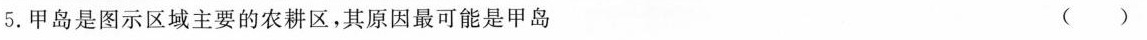
5.甲岛是图示区域主要的农耕区，其原因最可能是甲岛 ()